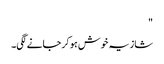
"
شازیہ خوش ہو کر جانے لگی۔